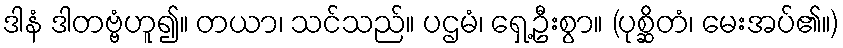
ဒါနံ ဒါတဗ္ဗံဟူ၍။ တယာ၊ သင်သည်။ ပဌမံ၊ ရှေ့ဦးစွာ။ (ပုစ္ဆိတံ၊ မေးအပ်၏။)